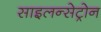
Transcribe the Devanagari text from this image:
साइलन्सेट्रोन